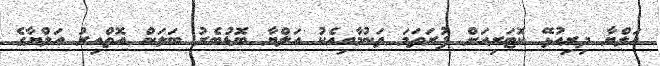
އަލްޔާ ދިރިއުޅޭ ކޮޓަރިއަށް ފުރަތަމަ ވަނުމާއިއެކު އަލްޔާ ބޮޑުބެރު ބަލަން އޮތްއިރު އަލްޔާގެ